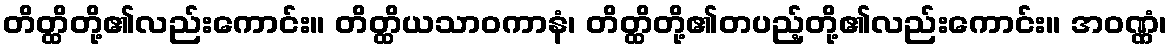
တိတ္ထိတို့၏လည်းကောင်း။ တိတ္ထိယသာဝကာနံ၊ တိတ္ထိတို့၏တပည့်တို့၏လည်းကောင်း။ အဝဏ္ဏံ၊